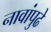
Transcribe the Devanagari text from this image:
नावांपुढे